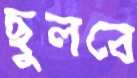
ছুলবে